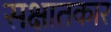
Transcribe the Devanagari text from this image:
सक्षातकार